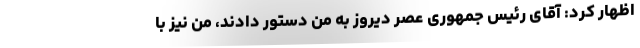
اظهار کرد: آقای رئیس جمهوری عصر دیروز به من دستور دادند، من نیز با